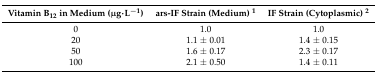
<table><thead><tr><td><b>Vitamin B<sub>12</sub> in Medium (μg·L<sup>−1</sup>)</b></td><td><b>ars-IF Strain (Medium) <sup>1</sup></b></td><td><b>IF Strain (Cytoplasmic) <sup>2</sup></b></td></tr></thead><tbody><tr><td>0</td><td>1.0</td><td>1.0</td></tr><tr><td>20</td><td>1.1 ± 0.01</td><td>1.4 ± 0.15</td></tr><tr><td>50</td><td>1.6 ± 0.17</td><td>2.3 ± 0.17</td></tr><tr><td>100</td><td>2.1 ± 0.50</td><td>1.4 ± 0.11</td></tr></tbody></table>